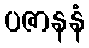
ပဇာနနံ